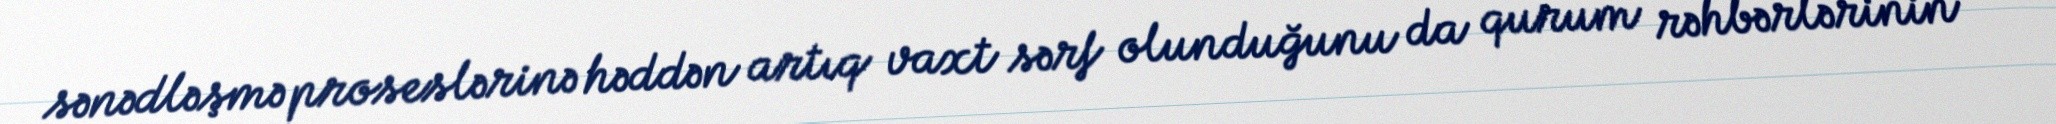
sənədləşmə proseslərinə həddən artıq vaxt sərf olunduğunu da qurum rəhbərlərinin